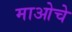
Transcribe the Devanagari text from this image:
माओचे